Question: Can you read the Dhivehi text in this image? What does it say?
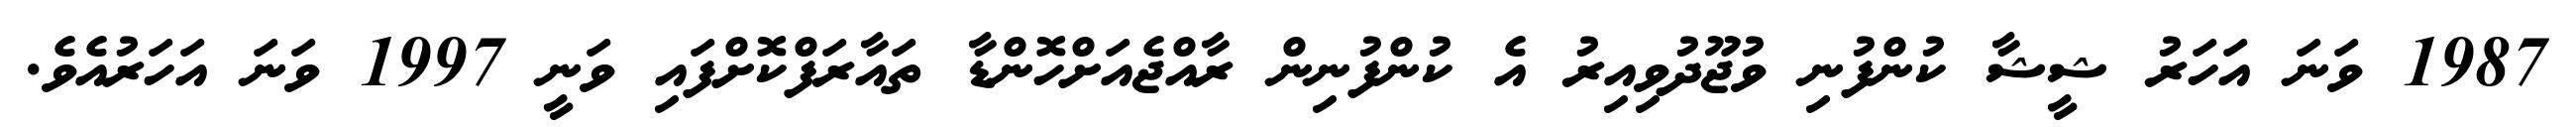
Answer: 1987 ވަނަ އަހަރު ޝީޝާ ކުންފުނި ވުޖޫދުވިއިރު އެ ކުންފުނިން ރާއްޖެއަށްހޮންޑާ ތައާރަފްކޮށްފައި ވަނީ 1997 ވަނަ އަހަރުއެވެ.